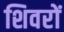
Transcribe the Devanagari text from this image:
शिवरों